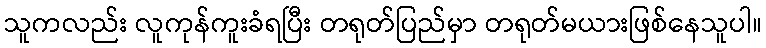
သူကလည်း လူကုန်ကူးခံရပြီး တရုတ်ပြည်မှာ တရုတ်မယားဖြစ်နေသူပါ။